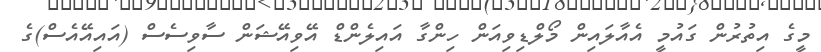
މީގެ އިތުރުން ގައުމީ އެއާލައިން މޯލްޑިވިއަން ހިންގާ އައިލެންޑް އޭވިއޭޝަން ސާވިސެސް (އައިއޭއެސް)ގެ